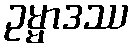
ဥမ္မာဒဿ